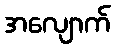
အလျောက်